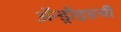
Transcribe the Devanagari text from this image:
ॲन्ड्रॉइडची